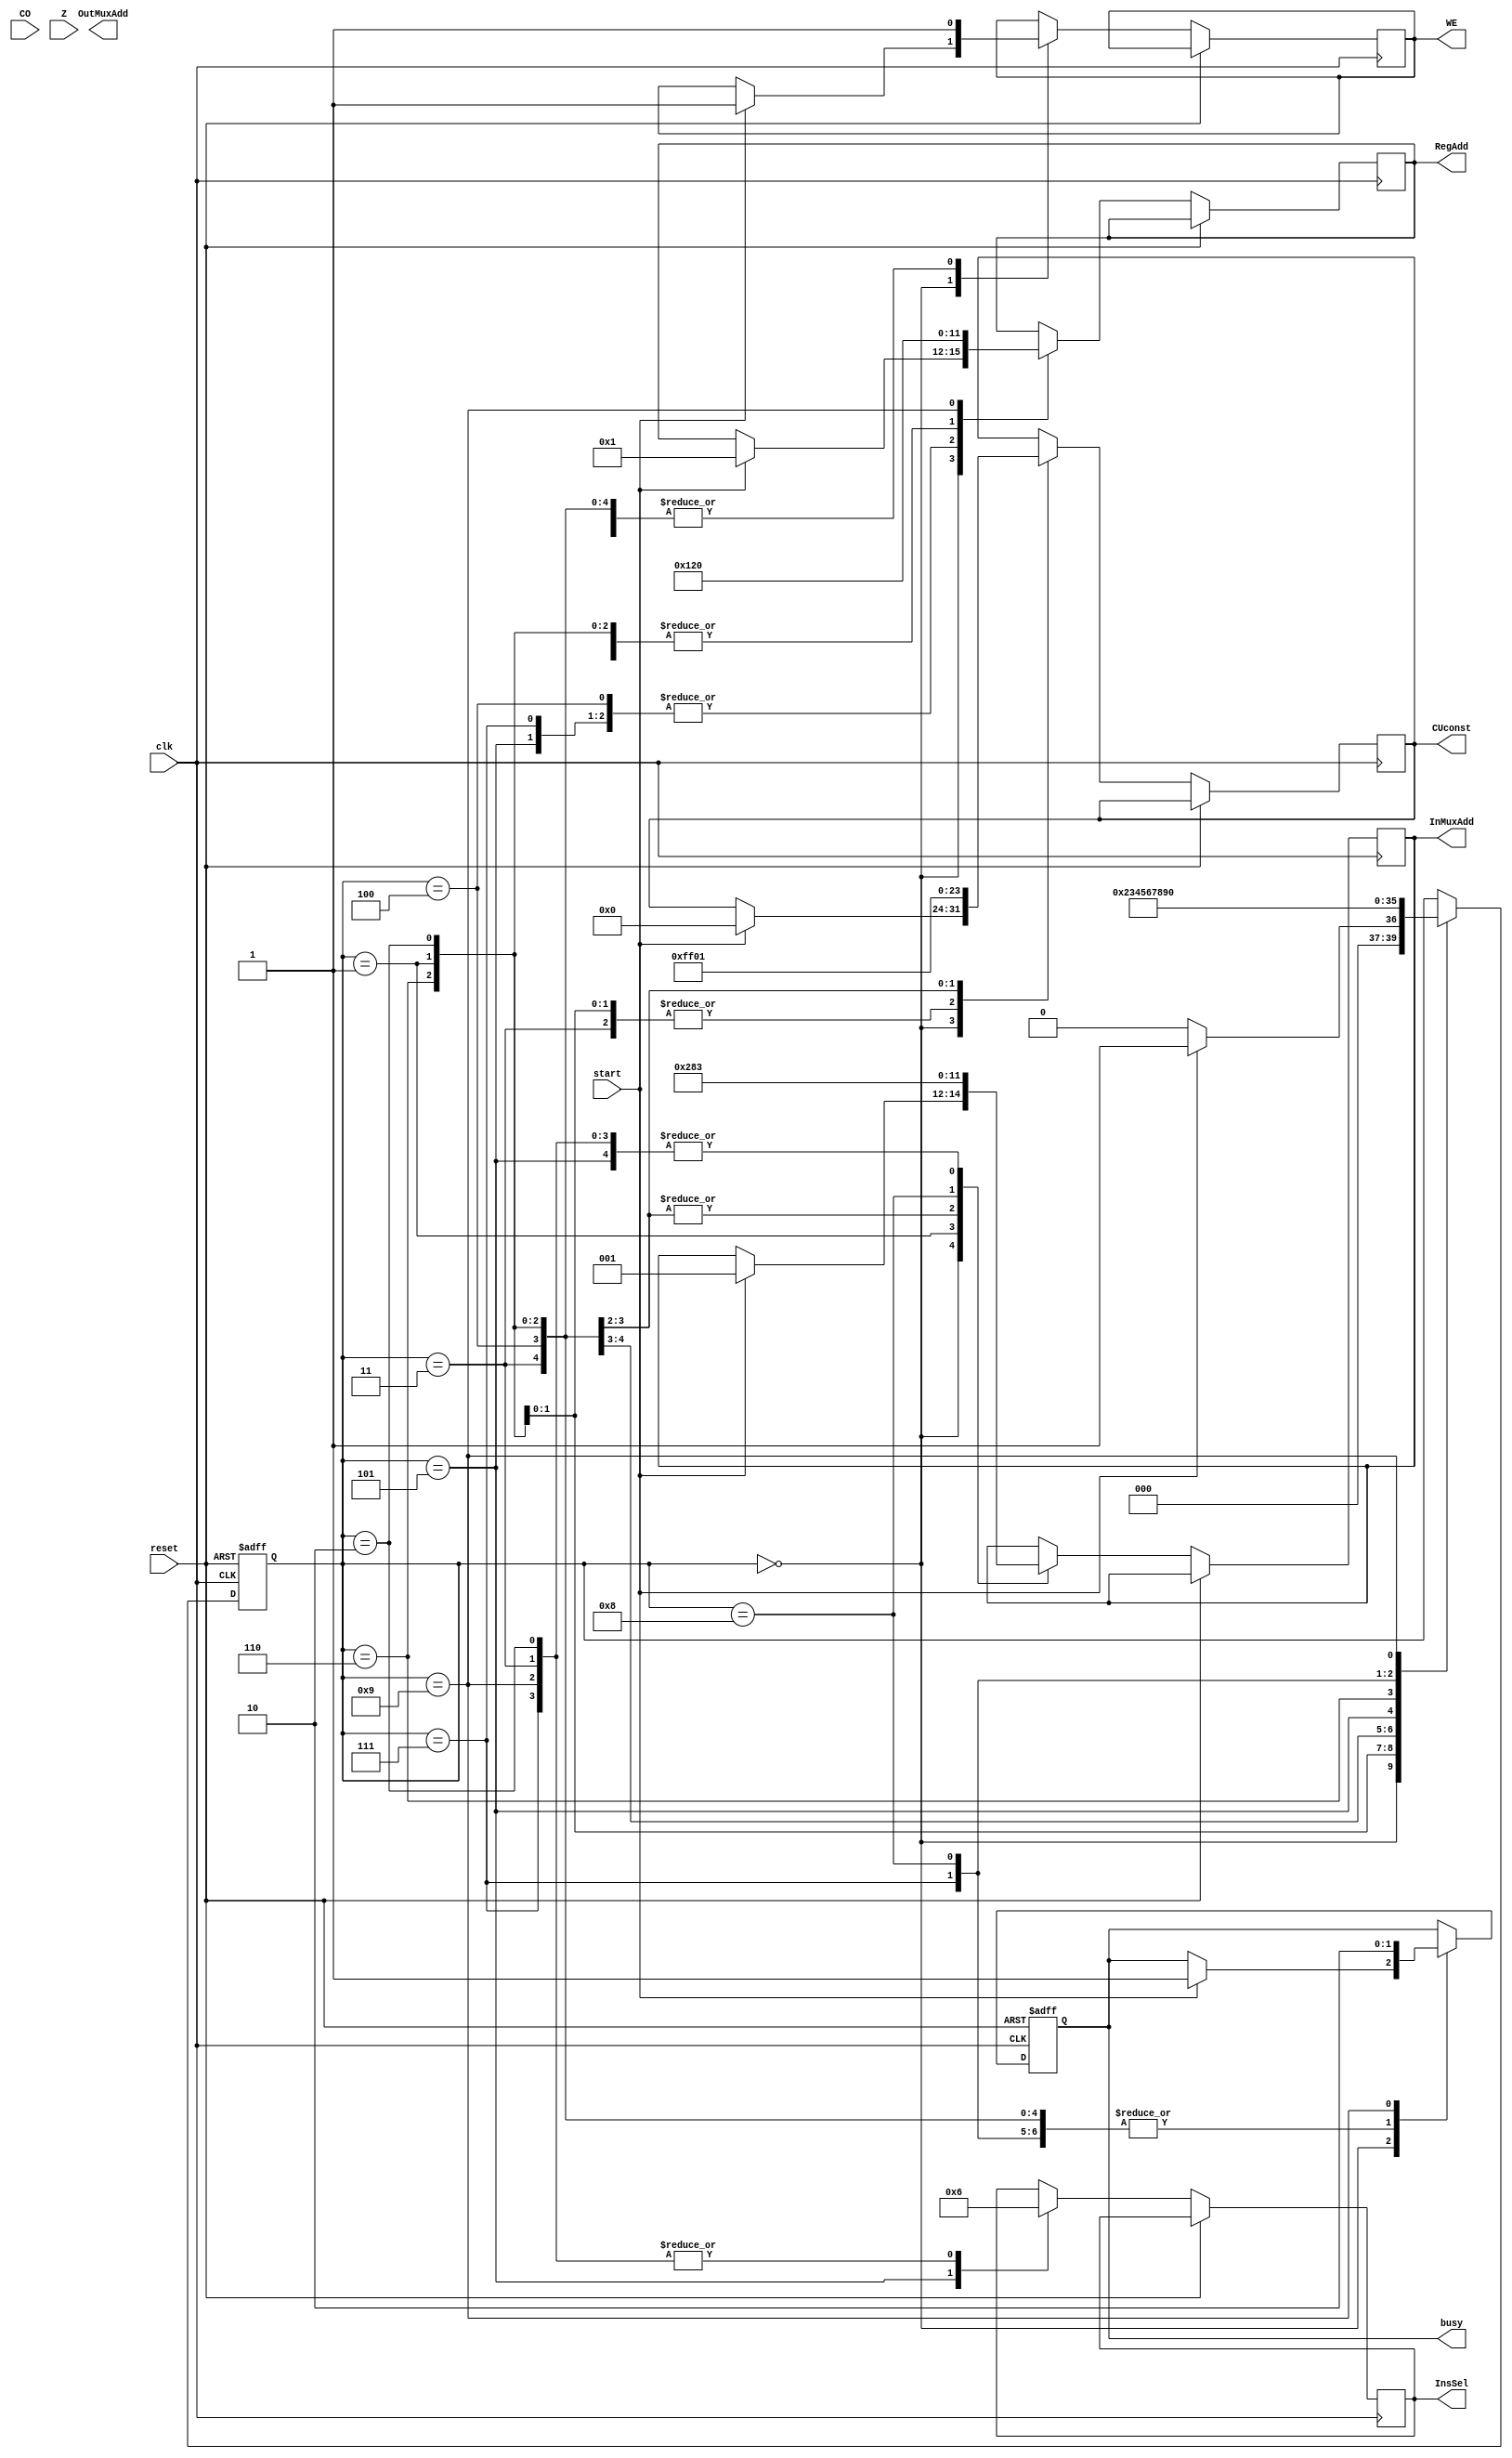
`timescale 1ns / 1ps

module CU(
input clk,reset,start,CO,Z,
output reg busy,WE,
output reg [1:0] InsSel,
output reg [2:0] InMuxAdd,
output reg [3:0] RegAdd, OutMuxAdd,
output reg [7:0] CUconst
    );
reg [3:0] state;   
 
always @(posedge clk or posedge reset) begin
    if (reset) begin 
        state<=4'b0;
        busy<=1'b0;
        end
    else begin 
    case (state)
    
         4'b0000: begin
                 if (start) begin 
                 state <= 4'b0001; 
                 InMuxAdd <= 3'b1;
                 WE<=1;
                 RegAdd<=4'b1;
                 CUconst <= 0;
                 busy<=1'b1;
                 end
                 else state<=4'b0000;
                 end
         
         4'b0001: begin
                 state <= 4'b0010; 
                 InMuxAdd <= 3'b1;
                 WE<=1;
                 RegAdd<=4'b0010;
                 CUconst <= 0; 
                 busy<=1'b1;    
                 end 
                 
         4'b0010: begin
                 state <= 4'b0011; 
                 InsSel<=2'b10;
                 InMuxAdd <= 3'b011;
                 WE<=1;
                 RegAdd<=4'b0010;
                 CUconst <= 0;
                 busy<=1'b1;     
                 end 
                 
         4'b0011: begin
                 state <= 4'b0100; 
                 InsSel<=2'b10;
                 InMuxAdd <= 3'b011;
                 WE<=1;
                 RegAdd<=4'b0010;
                 CUconst <= 0;
                 busy<=1'b1;     
                 end 
                 
         4'b0100: begin
                 state <= 4'b0101;
                 CUconst <=8'b1111_1111;  
                 WE<=1; 
                 RegAdd<=4'b0001;
                 InMuxAdd <= 3'b010;
                 busy<=1'b1;
                 end
          
         4'b0101: begin
                 state <= 4'b0110; 
                 WE<=1;                 
                 RegAdd<=4'b0001;
                 InsSel<=2'b01;
                 InMuxAdd <= 3'b011;
                 busy<=1'b1;
                 end
                 
         4'b0110: begin
                 state <= 4'b0111; 
                 WE<=1;                 
                 RegAdd<=4'b0010;
                 CUconst<=8'b0000_0001;
                 InMuxAdd <= 3'b010;
                 busy<=1'b1;
                 end
                 
         4'b0111: begin
                 state <= 4'b1000; 
                 WE<=1;                 
                 RegAdd<=4'b0001;
                 InMuxAdd <= 3'b011;
                 InsSel<=2'b10;
                 busy<=1'b1;
                 end
                 
         4'b1000: begin
                 state <= 4'b1001; 
                 WE<=1;                 
                 RegAdd<=4'b0010;
                 InMuxAdd <= 3'b000;
                 busy<=1'b1;
                 end
          
          4'b1001: begin
                 state <= 4'b0000; 
                 WE<=1;                 
                 RegAdd<=4'b0000;
                 InMuxAdd <= 3'b011;
                 InsSel<= 2'b10;
                 busy<=1'b0;
                 end   
             
                    
endcase
end
 end  
endmodule